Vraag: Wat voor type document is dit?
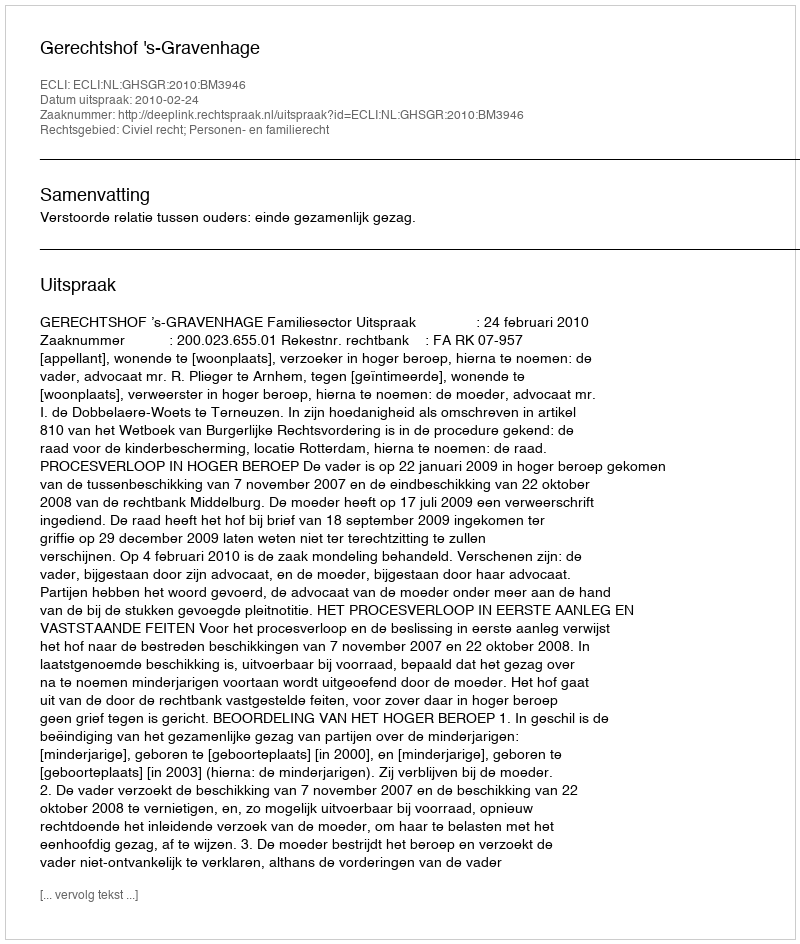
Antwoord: Uitspraak